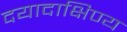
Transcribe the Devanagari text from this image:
दयादाक्षिण्य